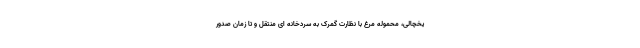
یخچالی، محموله مرغ با نظارت گمرک به سردخانه ای منتقل و تا زمان صدور